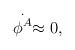
LaTeX: \begin{align*}\stackrel{.}{\phi ^A}\approx 0, \end{align*}